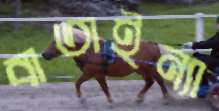
বাতাইন্যা